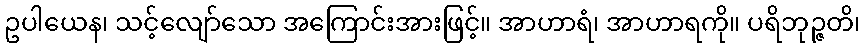
ဥပါယေန၊ သင့်လျော်သော အကြောင်းအားဖြင့်။ အာဟာရံ၊ အာဟာရကို။ ပရိဘုဉ္ဇတိ၊